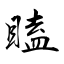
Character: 瞌